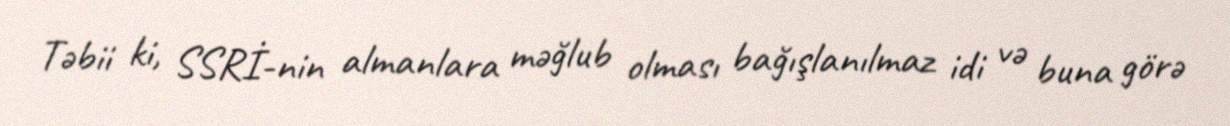
Təbii ki, SSRİ-nin almanlara məğlub olması bağışlanılmaz idi və buna görə